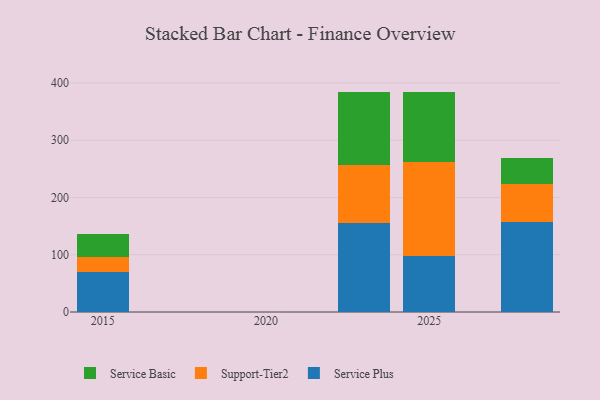
{"axis": {"x": "Year", "y": "Page Views"}, "legend": ["Service Basic", "Service Plus", "Support-Tier2"], "data": [{"x": "2025", "y": 97.6, "type": "Service Plus"}, {"x": "2025", "y": 164.1, "type": "Support-Tier2"}, {"x": "2025", "y": 123.2, "type": "Service Basic"}, {"x": "2028", "y": 157.1, "type": "Service Plus"}, {"x": "2028", "y": 67.1, "type": "Support-Tier2"}, {"x": "2028", "y": 44.3, "type": "Service Basic"}, {"x": "2023", "y": 155.9, "type": "Service Plus"}, {"x": "2023", "y": 100.2, "type": "Support-Tier2"}, {"x": "2023", "y": 127.9, "type": "Service Basic"}, {"x": "2015", "y": 69.2, "type": "Service Plus"}, {"x": "2015", "y": 26.6, "type": "Support-Tier2"}, {"x": "2015", "y": 40.3, "type": "Service Basic"}]}